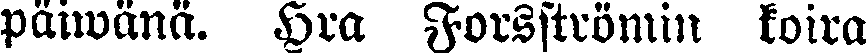
päiwänä. Hra Forsströmin koira